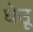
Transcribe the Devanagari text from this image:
घेउू